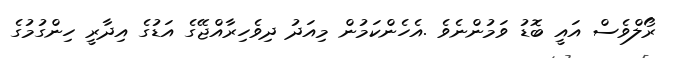
ރޯލްވެސް އައީ ބޮޑު ވަމުންނެވެ .އެހެންކަމުން މިއަދު ދިވެހިރާއްޖޭގެ އަޑުގެ އިދާރީ ހިންގުމުގެ